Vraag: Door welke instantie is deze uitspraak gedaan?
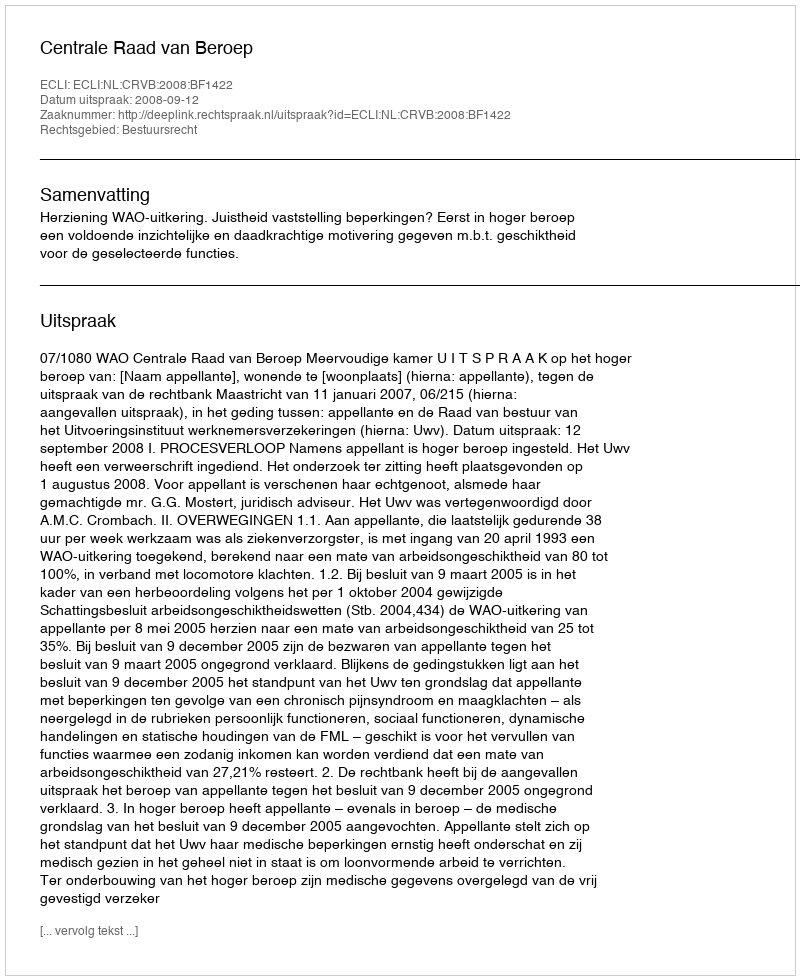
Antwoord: Centrale Raad van Beroep